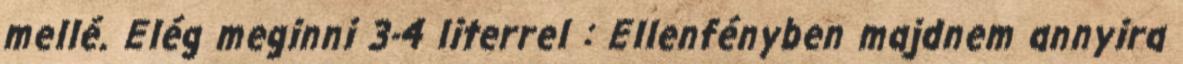
mellé. Elég meginni 3-4 literrel : Ellenfényben majdnem annyira